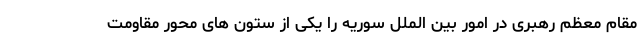
مقام معظم رهبری در امور بین الملل سوریه را یکی از ستون های محور مقاومت